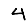
Digit: 4